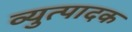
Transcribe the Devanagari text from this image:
व्युत्पादक